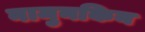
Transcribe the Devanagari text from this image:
नामुनकिन